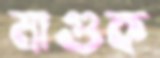
মাগুক